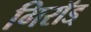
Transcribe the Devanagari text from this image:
गिरॉड्